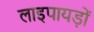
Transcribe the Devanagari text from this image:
लाइपायड़ों